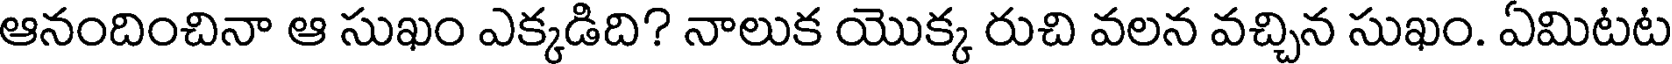
ఆనందించినా ఆ సుఖం ఎక్కడిది? నాలుక యొక్క రుచి వలన వచ్చిన సుఖం. ఏమిటట